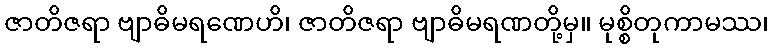
ဇာတိဇရာ ဗျာဓိမရဏေဟိ၊ ဇာတိဇရာ ဗျာဓိမရဏတို့မှ။ မုစ္စိတုကာမဿ၊